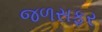
જળસફર